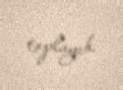
toplayıb.